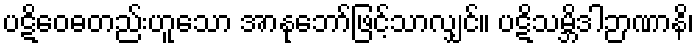
ပဋိဝေဓတည်းဟူသော အာနုဘော်ဖြင့်သာလျှင်။ ပဋိသမ္ဘိဒါဉာဏာနိ၊